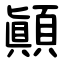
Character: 顚